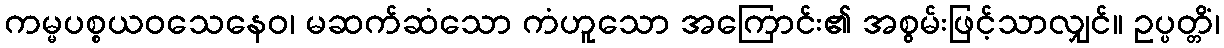
ကမ္မပစ္စယဝသေနေဝ၊ မဆက်ဆံသော ကံဟူသော အကြောင်း၏ အစွမ်းဖြင့်သာလျှင်။ ဥပ္ပတ္တိံ၊